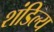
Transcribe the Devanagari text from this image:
शंडिल्य